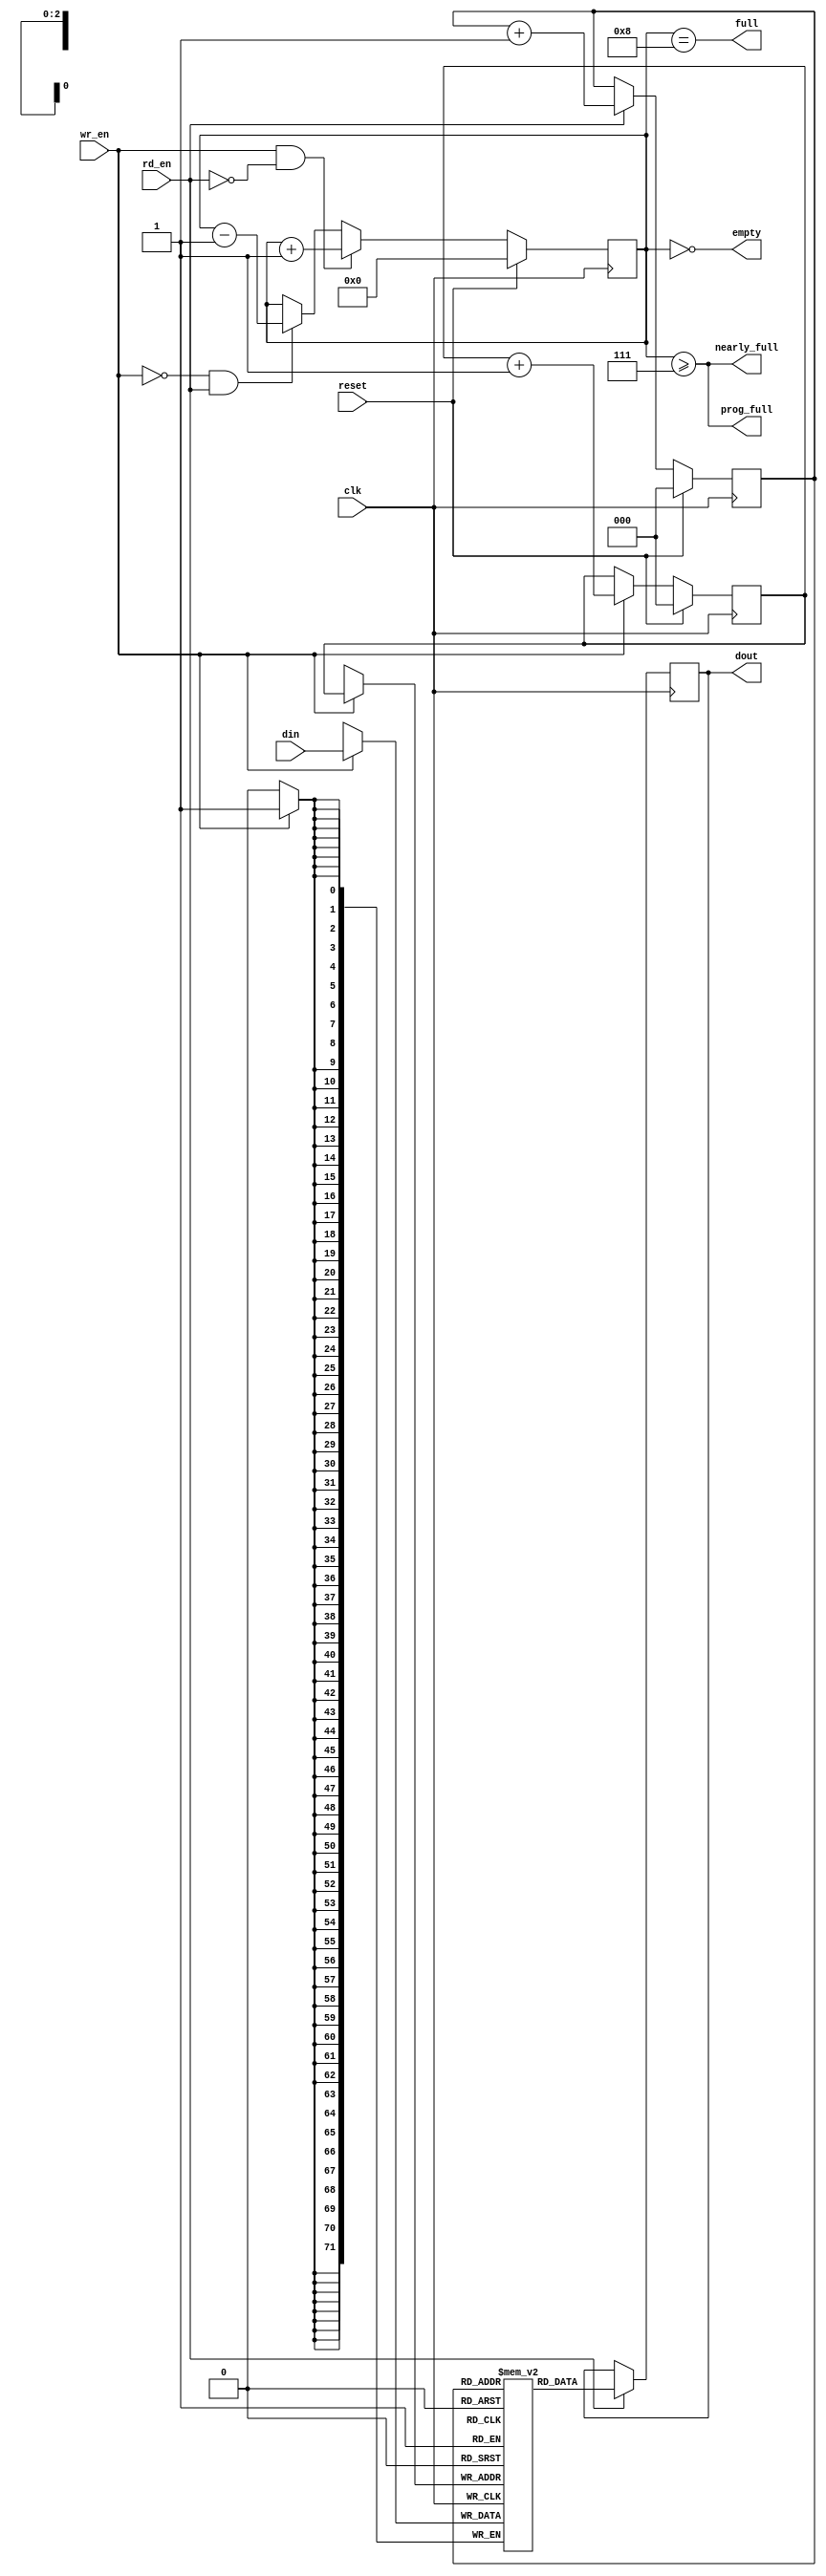
module small_fifo
    #(parameter WIDTH = 72,
      parameter MAX_DEPTH_BITS = 3,
      parameter PROG_FULL_THRESHOLD = 2**MAX_DEPTH_BITS - 1
      )
    (
		   
     input [WIDTH-1:0] din,     // Data in
     input          wr_en,   // Write enable
     
     input          rd_en,   // Read the next word 
     
     output reg [WIDTH-1:0]  dout,    // Data out
     output         full,
     output         nearly_full,
     output         prog_full,
     output         empty,
     
     input          reset,
     input          clk
     );


parameter MAX_DEPTH        = 2 ** MAX_DEPTH_BITS;
   
reg [WIDTH-1:0] queue [MAX_DEPTH - 1 : 0];
reg [MAX_DEPTH_BITS - 1 : 0] rd_ptr;
reg [MAX_DEPTH_BITS - 1 : 0] wr_ptr;
reg [MAX_DEPTH_BITS : 0] depth;

// Sample the data
always @(posedge clk)
begin
   if (wr_en) 
      queue[wr_ptr] <= din;
   if (rd_en)
      dout <= 
	      // synthesis translate_off
	      #1
	      // synthesis translate_on
	      queue[rd_ptr];
end

always @(posedge clk)
begin
   if (reset) begin
      rd_ptr <= 'h0;
      wr_ptr <= 'h0;
      depth  <= 'h0;
   end
   else begin
      if (wr_en) wr_ptr <= wr_ptr + 'h1;
      if (rd_en) rd_ptr <= rd_ptr + 'h1;
      if (wr_en & ~rd_en) depth <= 
				   // synthesis translate_off
				   #1
				   // synthesis translate_on
				   depth + 'h1;
      else if (~wr_en & rd_en) depth <= 
				   // synthesis translate_off
				   #1
				   // synthesis translate_on
				   depth - 'h1;
   end
end

//assign dout = queue[rd_ptr];
assign full = depth == MAX_DEPTH;
assign prog_full = (depth >= PROG_FULL_THRESHOLD);
assign nearly_full = depth >= MAX_DEPTH-1;
assign empty = depth == 'h0;

// synthesis translate_off
always @(posedge clk)
begin
   if (wr_en && depth == MAX_DEPTH && !rd_en)
      $display($time, " ERROR: Attempt to write to full FIFO: %m");
   if (rd_en && depth == 'h0)
      $display($time, " ERROR: Attempt to read an empty FIFO: %m");
end
// synthesis translate_on

endmodule